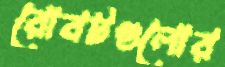
রোবটগুলোর